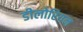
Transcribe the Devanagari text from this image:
डीलोरियन